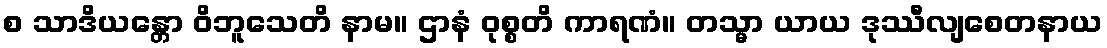
စ သာဒိယန္တော ဝိဘူသေတိ နာမ။ ဌာနံ ဝုစ္စတိ ကာရဏံ။ တသ္မာ ယာယ ဒုဿီလျစေတနာယ